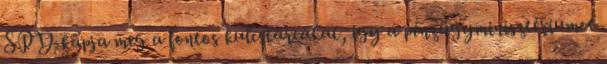
SPD kapja meg a fontos kulcstárcákat, így a pénzügyminisztériumot